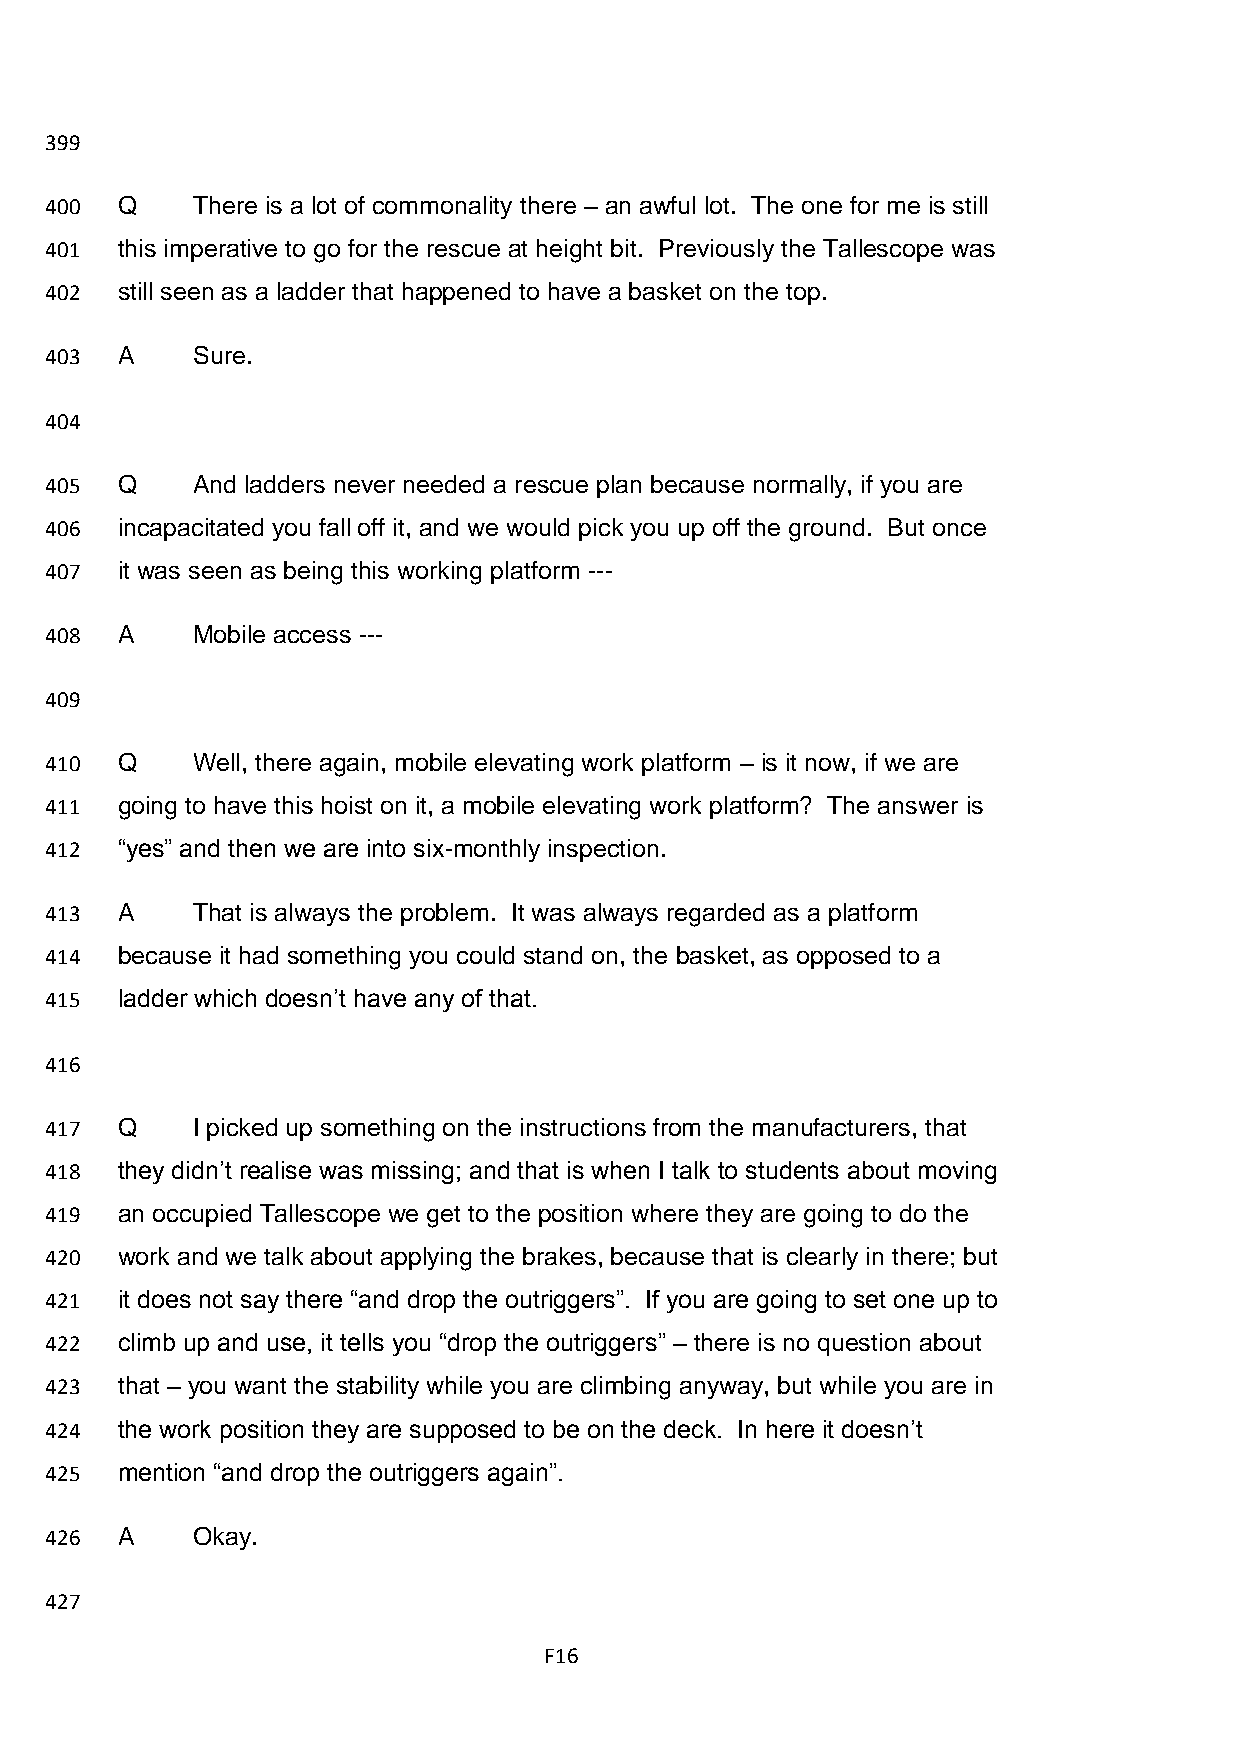
399
 400  Q    There is a lot of commonality there – an awful lot. The one for me is still
 401  this imperative to go for the rescue at height bit. Previously the Tallescope was
 402  still seen as a ladder that happened to have a basket on the top.
 403  A    Sure.
 404
 405  Q    And ladders never needed a rescue plan because normally, if you are
 406  incapacitated you fall off it, and we would pick you up off the ground. But once
 407  it was seen as being this working platform ---
 408  A    Mobile access ---
 409
 410  Q    Well, there again, mobile elevating work platform – is it now, if we are
 411  going to have this hoist on it, a mobile elevating work platform? The answer is
 412  “yes” and then we are into six-monthly inspection.
 413  A    That is always the problem. It was always regarded as a platform
 414  because it had something you could stand on, the basket, as opposed to a
 415  ladder which doesn’t have any of that.
 416
 417  Q    I picked up something on the instructions from the manufacturers, that
 418  they didn’t realise was missing; and that is when I talk to students about moving
 419  an occupied Tallescope we get to the position where they are going to do the
 420  work and we talk about applying the brakes, because that is clearly in there; but
 421  it does not say there “and drop the outriggers”. If you are going to set one up to
 422  climb up and use, it tells you “drop the outriggers” – there is no question about
 423  that – you want the stability while you are climbing anyway, but while you are in
 424  the work position they are supposed to be on the deck. In here it doesn’t
 425  mention “and drop the outriggers again”.
 426  A    Okay.
 427
 F16